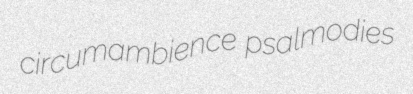
circumambience psalmodies